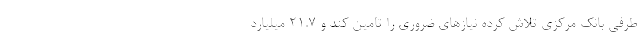
طرفی بانک مرکزی تلاش کرده نیازهای ضروری را تامین کند و ۲۱.۷ میلیارد